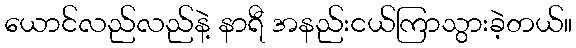
ယောင်လည်လည်နဲ့ နာရီ အနည်းငယ်ကြာသွားခဲ့တယ်။